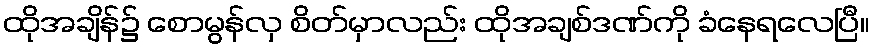
ထိုအချိန်၌ စောမွန်လှ စိတ်မှာလည်း ထိုအချစ်ဒဏ်ကို ခံနေရလေပြီ။